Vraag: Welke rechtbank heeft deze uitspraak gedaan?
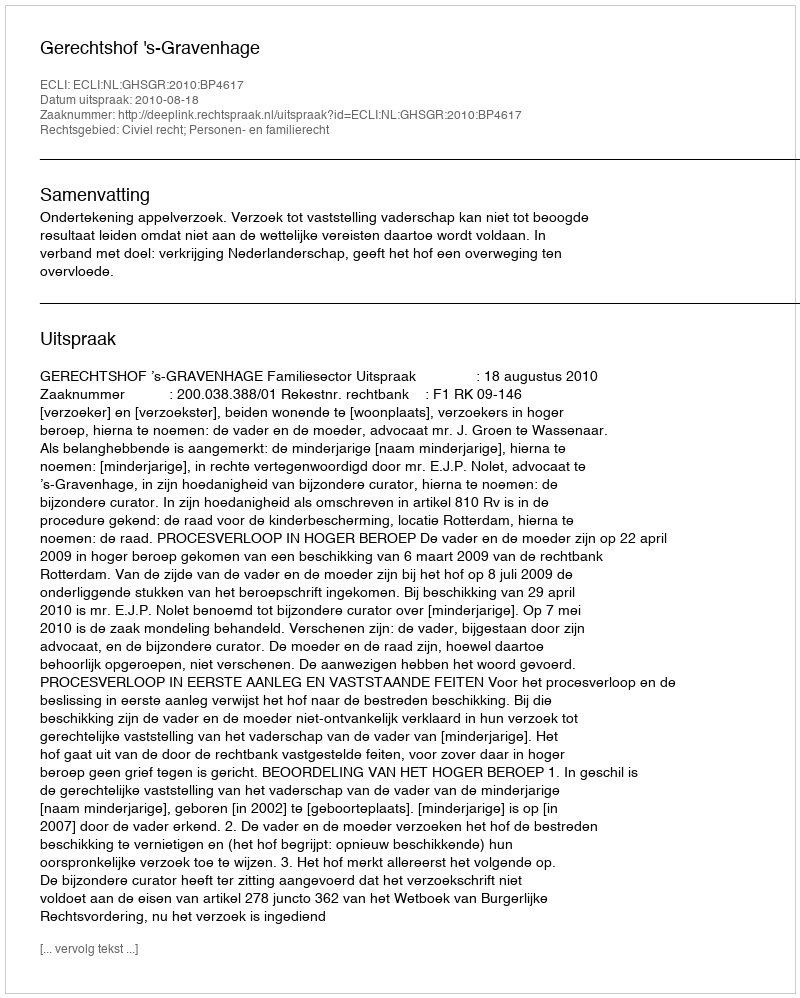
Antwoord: Gerechtshof 's-Gravenhage